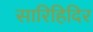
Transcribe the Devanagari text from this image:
सारिहिदिर